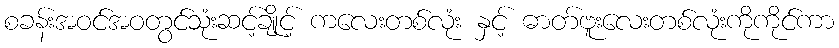
စခန်းအဝင်အဝတွင်သုံးဆင့်ချိုင့် ကလေးတစ်လုံး နှင့် ဓာတ်ဗူးလေးတစ်လုံးကိုကိုင်ကာ